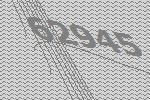
62945